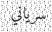
سرياني